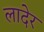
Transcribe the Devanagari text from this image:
लादेर